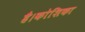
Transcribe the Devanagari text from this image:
है।कोशिका